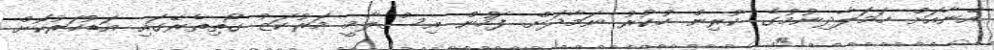
އޭނާއަށް ހަމަލާދިނުމުގެ ކުރިން ހުކުރު ނަމާދަށް ފަހުން އިސްލާމީ މަރުކަޒު ގޯތިތެރޭގައި އަޑުހަރުކޮށް